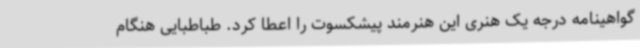
گواهینامه درجه یک هنری این هنرمند پیشکسوت را اعطا کرد. طباطبایی هنگام‌